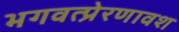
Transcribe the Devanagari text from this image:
भगवत्प्रेरणावश